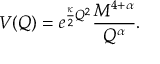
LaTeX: V ( Q ) = e ^ { \frac { \kappa } { 2 } Q ^ { 2 } } \frac { M ^ { 4 + \alpha } } { Q ^ { \alpha } } .